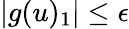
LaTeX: |g(u)_{1}|\leq\epsilon